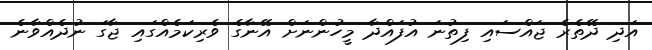
އަދި ދޭތެރެ ޖައްސައި ފިތުނަ އުފައްދާ މީހުންނަށް އޭނާގެ ވެރިކަމެއްގައި ޖާގަ ނުދެއްވާނެ